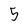
Character: 5